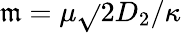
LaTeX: \mathfrak{m}=\mu\sqrt{}{{2D_{2}/\kappa}}